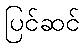
ပြင်ဆင်